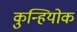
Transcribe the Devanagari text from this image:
कुन्हियोक